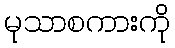
မုသာစကားကို